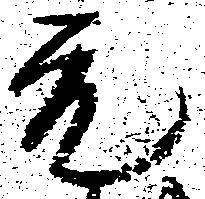
元